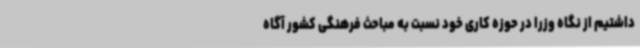
داشتیم از نگاه وزرا در حوزه کاری خود نسبت به مباحث فرهنگی کشور آگاه